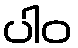
ပါဝ